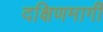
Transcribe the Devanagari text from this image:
दक्षिणमार्गी